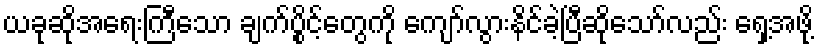
ယခုဆိုအရေးကြီသော ချက်ပွိုင့်တွေကို ကျော်လွားနိင်ခဲ့ပြီဆိုသော်လည်း ရှေ့အဖို့